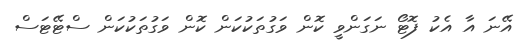
އޭނަ އާ އެކު ފޮޓޯ ނަގަންވީ ކޮން ވަގުތަކުކަން ކޮން ވަގުތަކުކަން ސްޓޭޓަސް